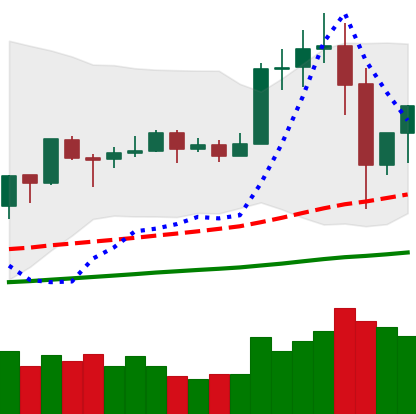
Ticker: TRX-USD
Chart end date: 2019-06-29
Forward return: -11.185%
Label: down_7plus